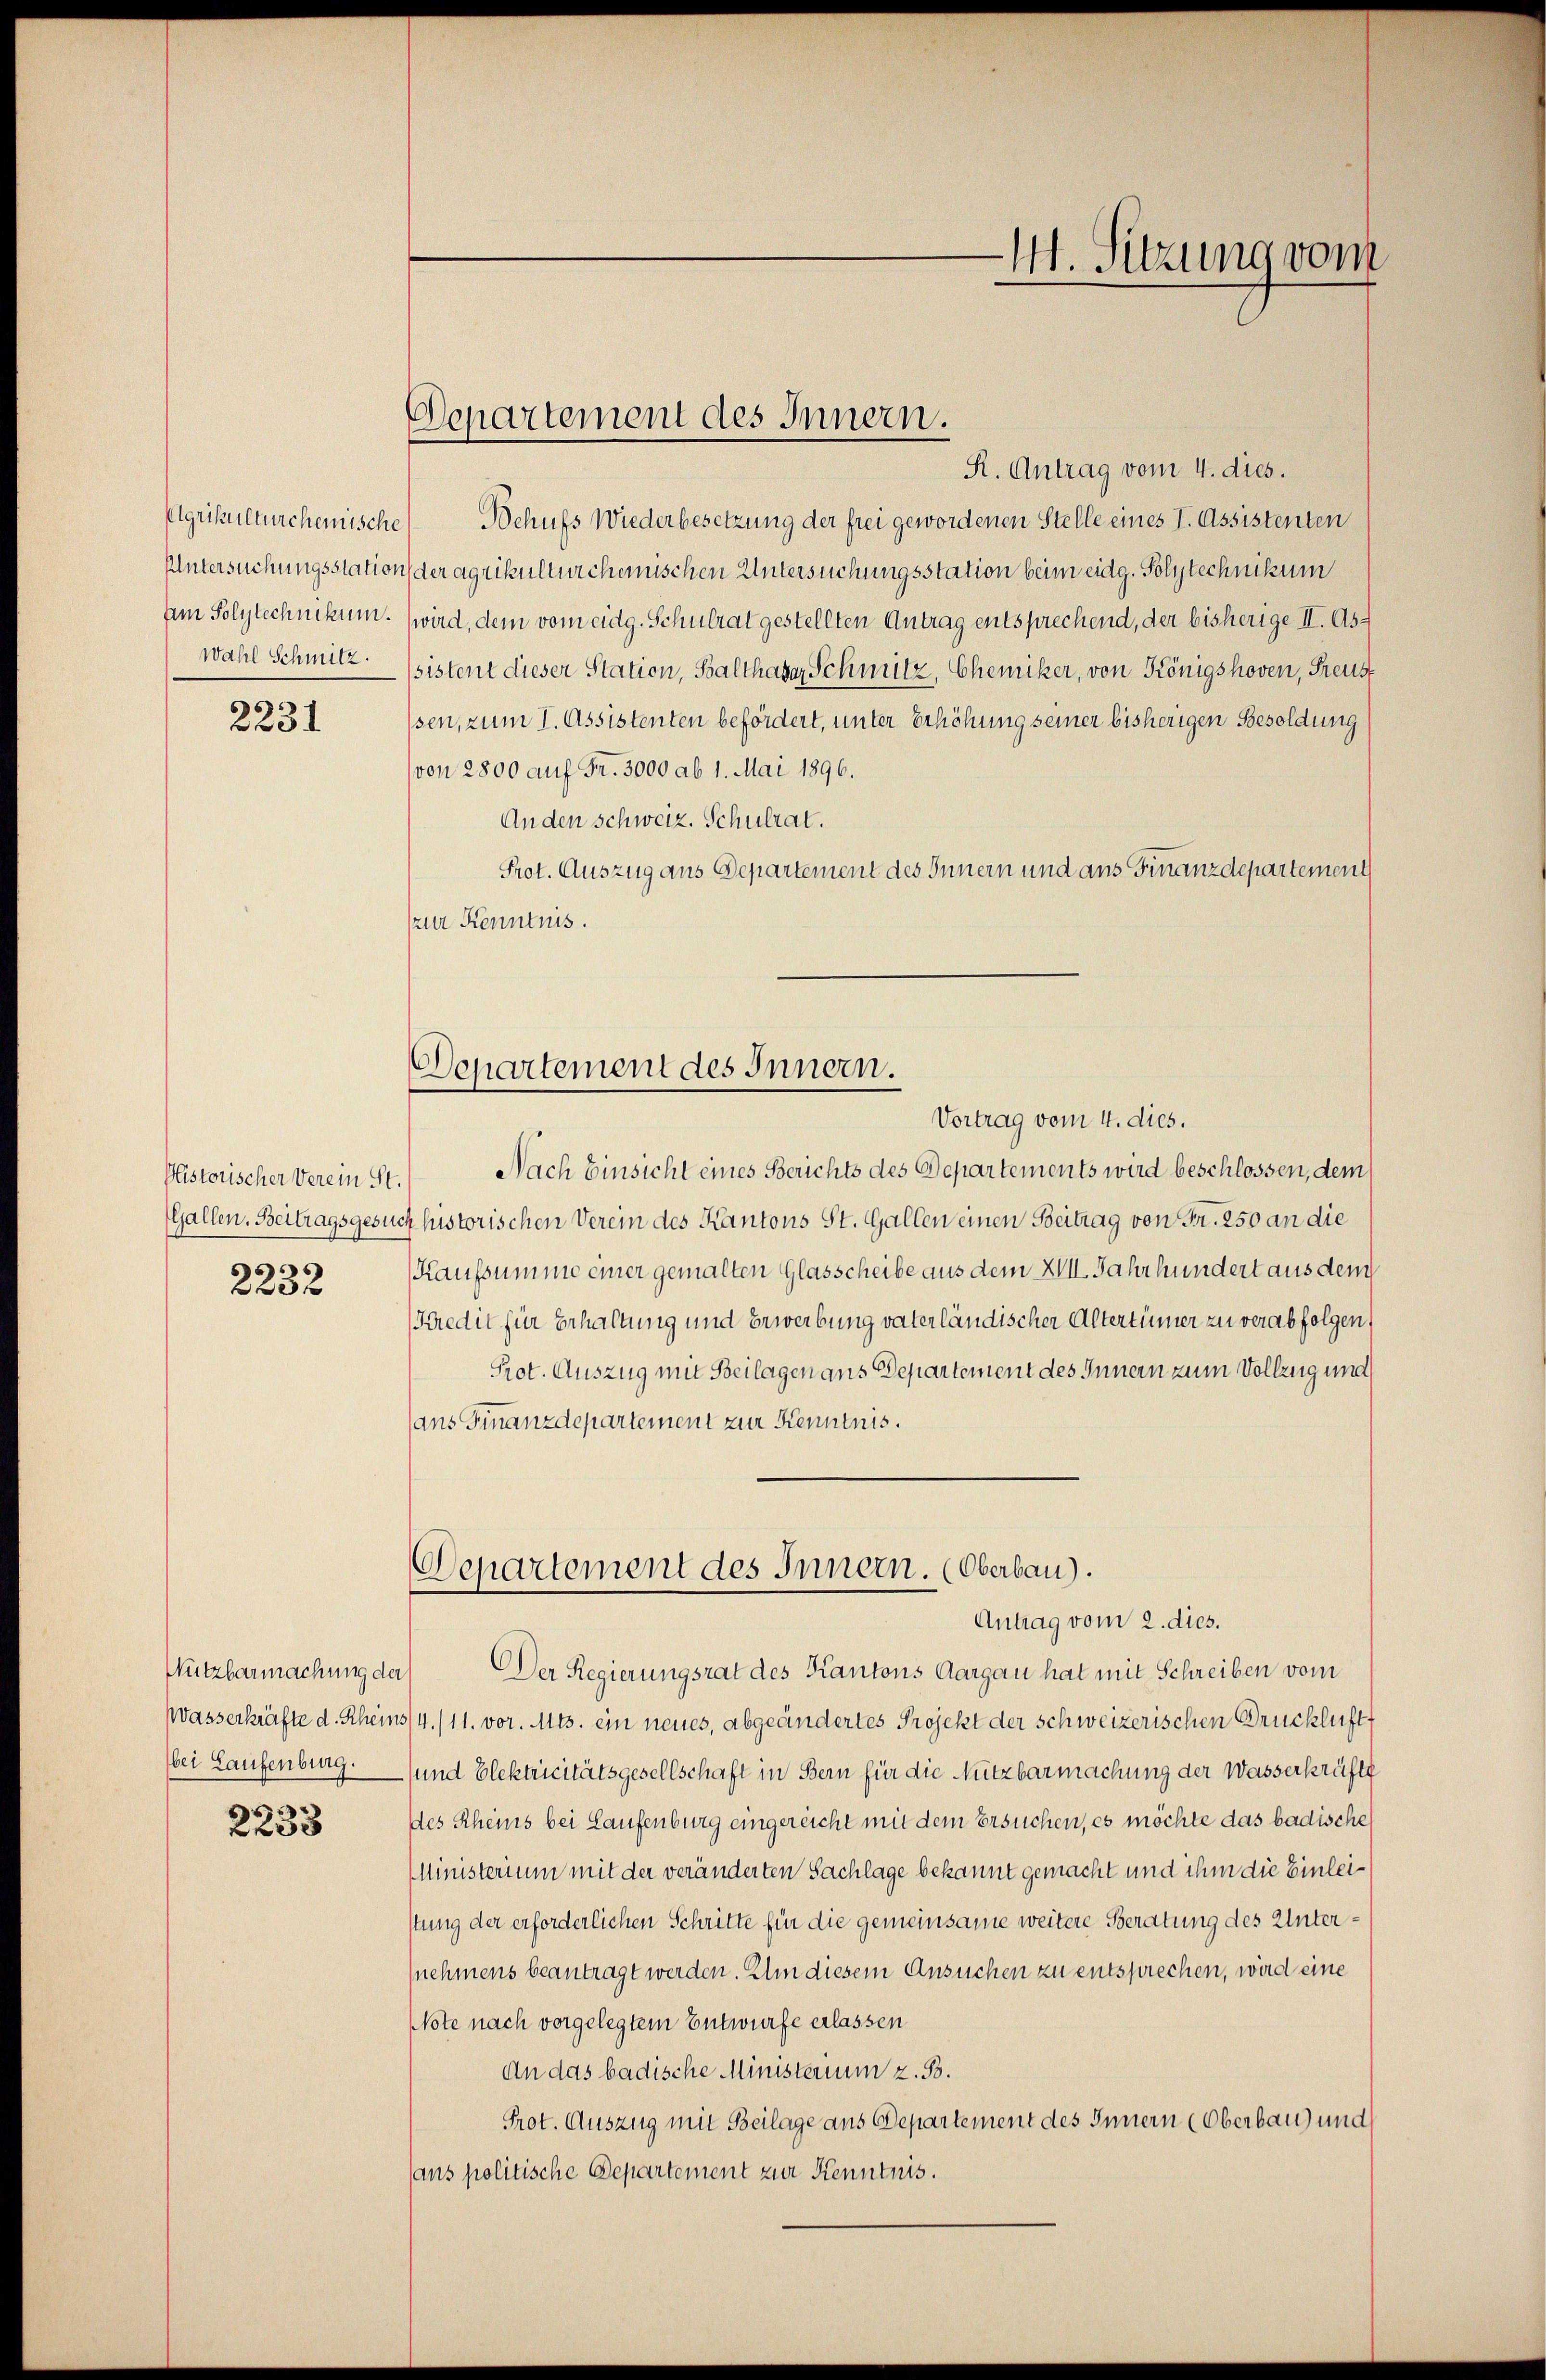
wahl Schmitz

2231

Pistorischer Verein St.
6
f 20 x

Nutzbarmachung der
Wasserkräfte d. Rheins
bei Laufenburg.
3
s

2238

Departement des Innern.
R. Antrag vom 4. dies.

Elgrikulturchemische Behufs Wiederbesetzung der frei gewordenen Stelle eines I. Assistenten
Untersuchungsstation der agrikulturschemischen Untersuchungsstation beim eidg. Polytechnikum
Am Polytechnikum. (wird, dem vom eidg. Schulrat gestellten Antrag entsprechend, der bisherige II. As-
sistent dieser Station, Balthasar Schmitz, Chemiker, von Königshoven, Freus
ssen, zum I. Assistenten befördert, unter Erhöhung seiner bisherigen Besoldung
von 2800 auf Fr. 3000 ab 1. Mai 1896.
Anden schweiz. Schulrat.
Prot. Auszug aus Departement des Innern und aus Finanzdepartement
zur Kenntnis.

Denartement des Innern.

Departement des Innern. (Oberbau).

Vortrag vom 4. dies.
Nach Einsicht eines Berichts des Departements wird beschlossen, dem
Gallen. Beitragsgesuch historischen Verein des Kantons St. Gallen einen Beitrag von Fr. 250 an die
Kaufsumme einer gemalten Glasscheibe aus dem XIII. Jahrhundert aus dem
Kredit für Erhaltung und Bewerbung vaterländischer Altertümer zu verabfolgen,
Prot. Auszug mit Beilagen aus Departement des Innern zum Vollzug und
(ans Finanzdepartement zur Kenntnis.
Antrag vom 2. dies.
 Der Regierungsrat des Kantons Aargau hat mit Schreiben vom
/4./11. vor. Mts. ein neues, abgeändertes Projekt der schweizerischen Brücklicht
und Elektricitätsgesellschaft in Bern für die Nutzbarmachung der Wasserkräfte
des Rheins bei Laufenburg eingereicht mit dem Ersuchen, es möchte das badische
MMinisterium mit der veränderten Sachlage bekannt gemacht und ihm die Einleistung der erforderlichen Schritte für die gemeinsame weitere Beratung des Unternehmens beantragt werden. Um diesem Ansuchen zu entsprechen, wird eine
Note nach vorgelegtem Entwurfe erlassen
An das badische Ministerium z. B.
Prot. Auszug mit Beilage aus Departement des Innern (Oberbau und
sans politische Departement zur Kenntnis.

41. Sitzung vom